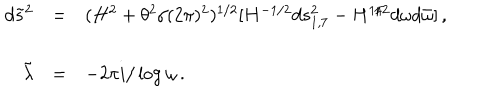
LaTeX: \begin{array} { r c l } { { d { \tilde { s } } ^ { 2 } } } & { { = } } & { { ( H ^ { 2 } + \theta ^ { 2 } / ( 2 \pi ) ^ { 2 } ) ^ { 1 / 2 } [ H ^ { - 1 / 2 } d s _ { 1 , 7 } ^ { 2 } - H ^ { 1 / 2 } d \omega d { \bar { \omega } } ] \, , } } \\ { { } } & { { } } & { { } } \\ { { { \tilde { \lambda } } } } & { { = } } & { { - 2 \pi i / \log { \omega } \, . } } \\ \end{array}